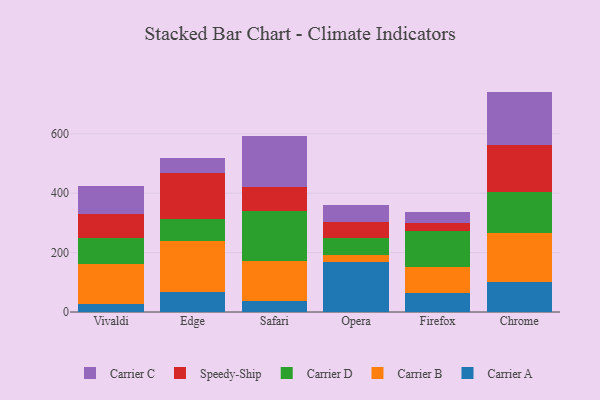
{"axis": {"x": "Browser", "y": "Backlog"}, "legend": ["Carrier A", "Carrier B", "Carrier C", "Carrier D", "Speedy-Ship"], "data": [{"x": "Vivaldi", "y": 26.1, "type": "Carrier A"}, {"x": "Vivaldi", "y": 135.7, "type": "Carrier B"}, {"x": "Vivaldi", "y": 85.9, "type": "Carrier D"}, {"x": "Vivaldi", "y": 82.0, "type": "Speedy-Ship"}, {"x": "Vivaldi", "y": 92.9, "type": "Carrier C"}, {"x": "Edge", "y": 68.6, "type": "Carrier A"}, {"x": "Edge", "y": 171.8, "type": "Carrier B"}, {"x": "Edge", "y": 74.2, "type": "Carrier D"}, {"x": "Edge", "y": 155.0, "type": "Speedy-Ship"}, {"x": "Edge", "y": 49.5, "type": "Carrier C"}, {"x": "Safari", "y": 38.6, "type": "Carrier A"}, {"x": "Safari", "y": 132.4, "type": "Carrier B"}, {"x": "Safari", "y": 170.5, "type": "Carrier D"}, {"x": "Safari", "y": 80.3, "type": "Speedy-Ship"}, {"x": "Safari", "y": 172.3, "type": "Carrier C"}, {"x": "Opera", "y": 168.6, "type": "Carrier A"}, {"x": "Opera", "y": 23.6, "type": "Carrier B"}, {"x": "Opera", "y": 56.2, "type": "Carrier D"}, {"x": "Opera", "y": 53.8, "type": "Speedy-Ship"}, {"x": "Opera", "y": 57.5, "type": "Carrier C"}, {"x": "Firefox", "y": 64.2, "type": "Carrier A"}, {"x": "Firefox", "y": 85.9, "type": "Carrier B"}, {"x": "Firefox", "y": 123.6, "type": "Carrier D"}, {"x": "Firefox", "y": 24.6, "type": "Speedy-Ship"}, {"x": "Firefox", "y": 38.7, "type": "Carrier C"}, {"x": "Chrome", "y": 101.2, "type": "Carrier A"}, {"x": "Chrome", "y": 163.6, "type": "Carrier B"}, {"x": "Chrome", "y": 138.0, "type": "Carrier D"}, {"x": "Chrome", "y": 160.1, "type": "Speedy-Ship"}, {"x": "Chrome", "y": 179.2, "type": "Carrier C"}]}